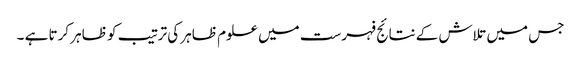
جس میں تلاش کے نتائج فہرست میں علوم ظاہر کی ترتیب کو ظاہر کرتا ہے ۔